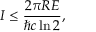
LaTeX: I \leq { \frac { 2 \pi R E } { \hbar c \ln 2 } } ,